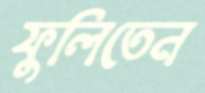
ফুলিতেন